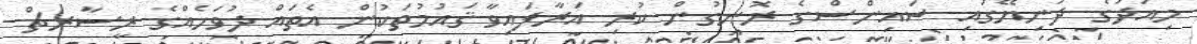
މިއަދުގެ ދުނިޔޭގައި ސައިންސްގެ ރޮނގުން ކުރި އަރާފައިވާ ޤައުމުތަކުން އެތައް ދުވަހެއްގެ ރީސާރޗް